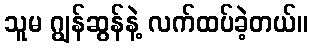
သူမ ဂျွန်ဆွန်နဲ့ လက်ထပ်ခဲ့တယ်။